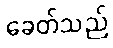
ခေတ်သည်